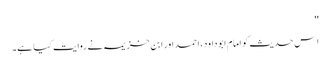
''
اِس حدیث کو امام ابو داود، احمد اور ابن خزیمہ نے روایت کیا ہے۔